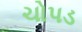
ચોપડ